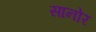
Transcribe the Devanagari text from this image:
सानोर